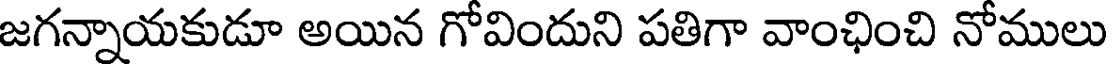
జగన్నాయకుడూ అయిన గోవిందుని పతిగా వాంఛించి నోములు